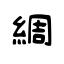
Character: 綢